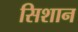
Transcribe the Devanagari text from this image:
सिशान